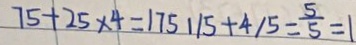
7 5 + 2 5 \times 4 = 1 7 5 1 / 5 + 4 / 5 = \frac { 5 } { 5 } = 1